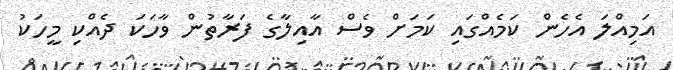
އަމިއްލަ އެހެން ކަމެއްގައި ކަމަށް ވެސް އާއިލާގެ ފަރާތުން ވާހަކަ ދެއްކި މީހަކު